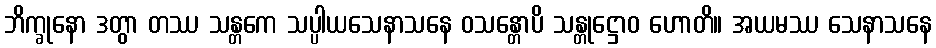
ဘိက္ခုနော ဒတွာ တဿ သန္တကေ သပ္ပါယသေနာသနေ ဝသန္တောပိ သန္တုဋ္ဌောဝ ဟောတိ။ အယမဿ သေနာသနေ